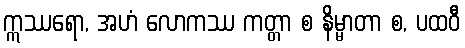
ဣဿရော, အဟံ လောကဿ ကတ္တာ စ နိမ္မာတာ စ, ပထဝီ